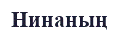
Нинаның